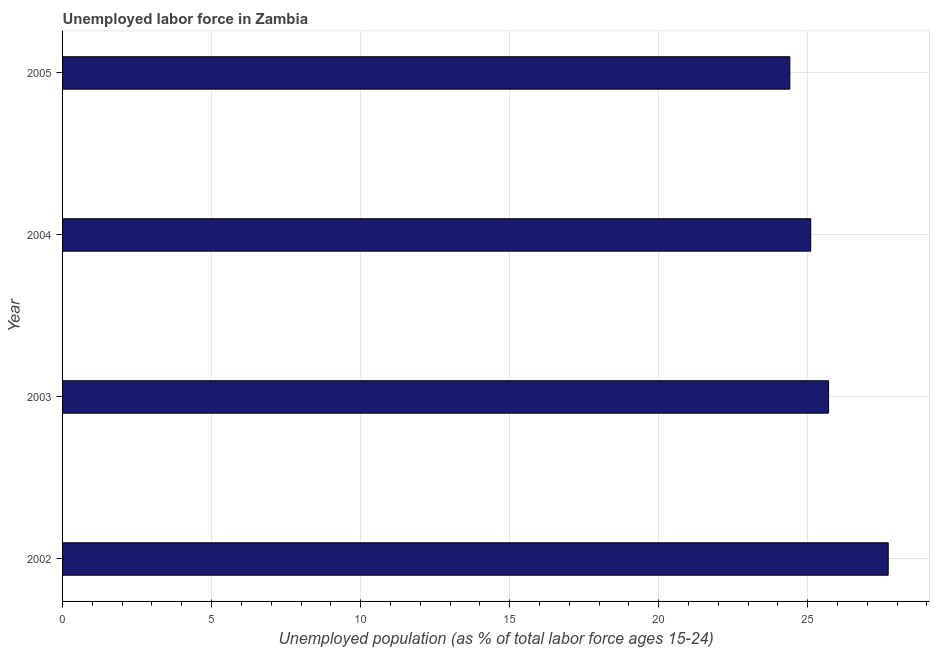
| Year | Unemployment |
 | --- | --- |
 | 2002 | 27.7 |
 | 2003 | 25.7 |
 | 2004 | 25.1 |
 | 2005 | 24.4 |